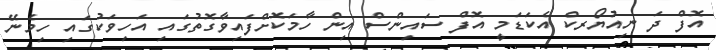
އޮފް ދަ ނިއުޔޯރކް އެކަޑަމީ އޮފް ސައިންސް އިން ހާމަކޮށްފައިވާގޮތުގައި އަހިވަކުގައި ހިމެނޭ